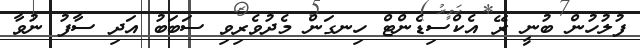
ފުލުހުން ބުނީ ރޭ އެކްސިޑެންޓް ހިނގަން މެދުވެރިވި ސަބަބު އަދި ސާފު ނުވާ